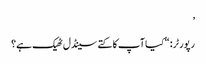
’
رپورٹر: “کیا آپ کا کتے سینڈل ٹھیک ہے؟